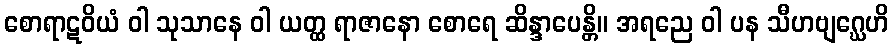
စောရာဋဝိယံ ဝါ သုသာနေ ဝါ ယတ္ထ ရာဇာနော စောရေ ဆိန္ဒာပေန္တိ။ အရညေ ဝါ ပန သီဟဗျဂ္ဃေဟိ